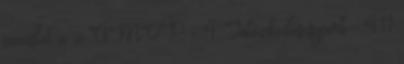
javaslat a z ÚMVP - 4. Intézkedéscsoport - 411